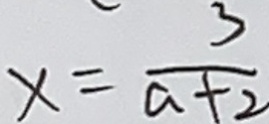
x = \frac { 3 } { a + 2 }